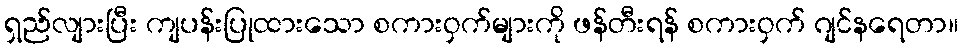
ရှည်လျားပြီး ကျပန်းပြုထားသော စကားဝှက်များကို ဖန်တီးရန် စကားဝှက် ဂျင်နရေတာ။